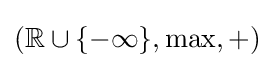
(\mathbb {R} \cup \{-\infty \},\max ,+)